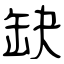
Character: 缺